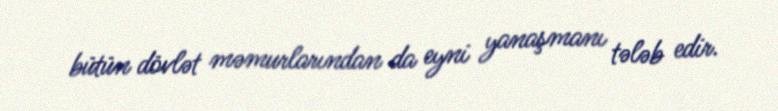
bütün dövlət məmurlarından da eyni yanaşmanı tələb edir.